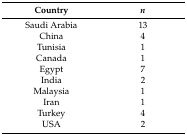
| Country | n |
 | --- | --- |
 | Saudi Arabia | 13 |
 | China | 4 |
 | Tunisia | 1 |
 | Canada | 1 |
 | Egypt | 7 |
 | India | 2 |
 | Malaysia | 1 |
 | Iran | 1 |
 | Turkey | 4 |
 | USA | 2 |